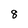
Character: 8